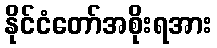
နိုင်ငံတော်အစိုးရအား